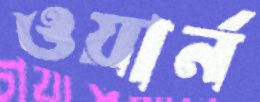
ওয়ার্ন